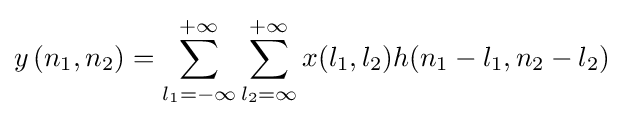
y\left(n_{1},n_{2}\right)=\sum _{l_{1}=-\infty }^{+\infty }\sum _{l_{2}=\infty }^{+\infty }x(l_{1},l_{2})h(n_{1}-l_{1},n_{2}-l_{2})